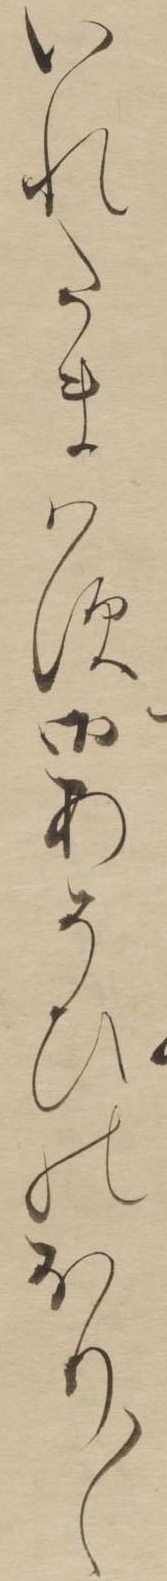
いれたまはす御あそひのおり〱